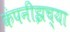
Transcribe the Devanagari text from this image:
कंपनीझच्या